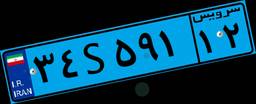
۹۵S۳۳۷۱۱